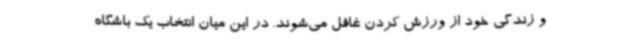
و زندگی خود از ورزش کردن غافل می‌شوند. در این میان انتخاب یک باشگاه